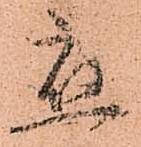
應